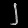
Digit: ၂